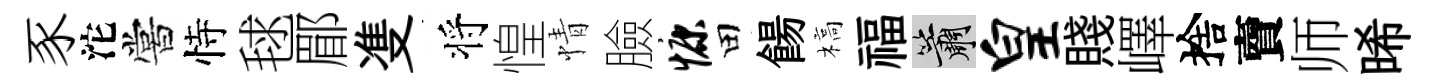
豕沱嘗恃毬郿㕠将惶情臉慷田餳槁福簫皇賤嶧捨𧶠师晞